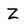
Character: z